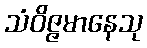
သံဝိဇ္ဇမာနေသု